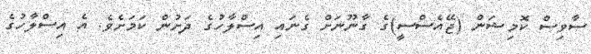
ސާވިސް ކޮމިޝަން (ޖޭއެސްސީ)ގެ ގާނޫނަށް ގެނައި އިސްލާހުގެ ދަށުން ކަމަށެވެ. އެ އިސްލާހުގެ